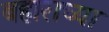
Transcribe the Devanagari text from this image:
बहाराच्या